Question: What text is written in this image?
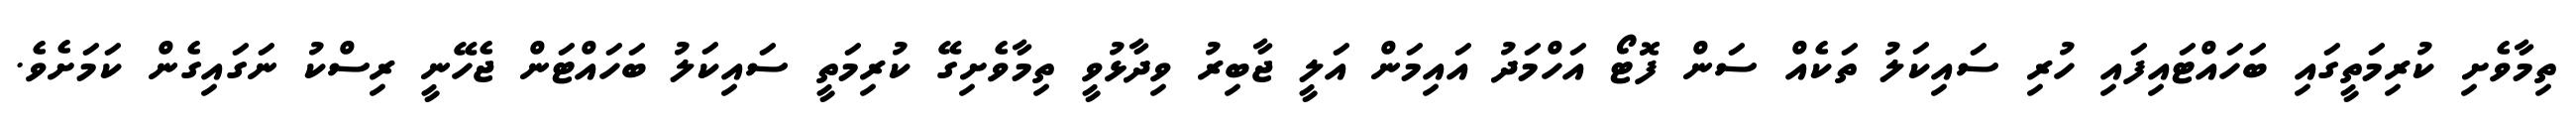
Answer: ތިމާވެށި ކުރިމަތީގައި ބަހައްޓައިފައި ހުރި ސައިކަލު ތަކެއް ސަން ފޮޓޯ އަހްމަދު އައިމަން އަލީ ޖާބިރު ވިދާޅުވީ ތިމާވެށިގޭ ކުރިމަތީ ސައިކަލު ބަހައްޓަން ޖެހޭނީ ރިސްކު ނަގައިގެން ކަމަށެވެ.